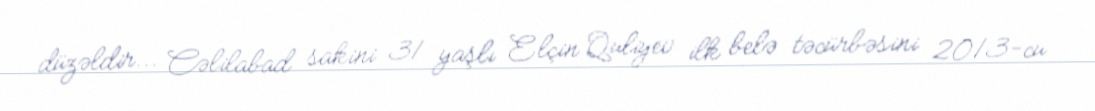
düzəldir... Cəlilabad sakini 31 yaşlı Elçin Quliyev ilk belə təcürbəsini 2013-cu